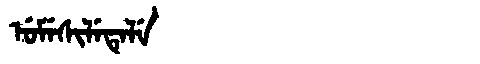
Manchu: ᡠᠮᡝᠰᡳᠯᡝᡨᡝᠯᡝ
Romanization: UMESILETELE